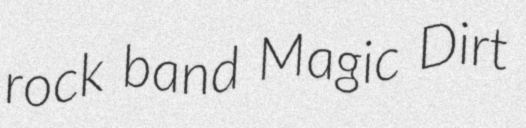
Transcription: rock band Magic Dirt